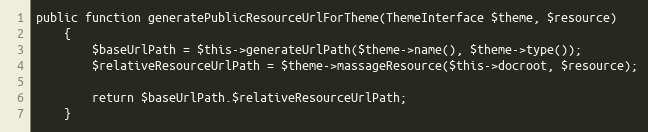
Language: PHP
public function generatePublicResourceUrlForTheme(ThemeInterface $theme, $resource)
    {
        $baseUrlPath = $this->generateUrlPath($theme->name(), $theme->type());
        $relativeResourceUrlPath = $theme->massageResource($this->docroot, $resource);

        return $baseUrlPath.$relativeResourceUrlPath;
    }